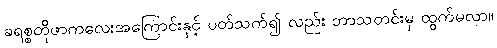
ခရစ္စတိုဖာကလေးအကြောင်းနှင့် ပတ်သက်၍ လည်း ဘာသတင်းမှ ထွက်မလာ။